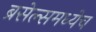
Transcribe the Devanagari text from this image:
ब्रसेल्समध्येच